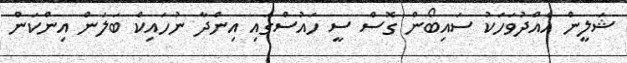
ޝަލީން އެއްދުވަހަކު ސައިބޯން ގޮސް ސީ ހައުސްގައި އިންދާ ނުހައިކް ބަލަން އިންކަން